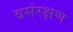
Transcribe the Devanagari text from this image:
वसंरक्षण